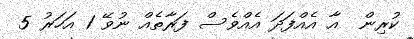
ކުރިން  އާ އެއްފަދަ އެެއްވެސް ފަރާތެއް ނުވޭ 1 އަހަރު 5